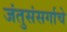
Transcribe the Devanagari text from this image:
जंतुसंसर्गाचे